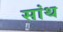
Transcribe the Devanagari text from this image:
सांथ